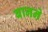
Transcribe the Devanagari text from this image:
बानने